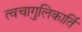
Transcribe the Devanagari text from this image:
त्वचागुलिकार्ति